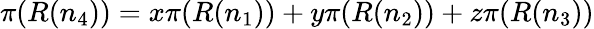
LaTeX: \pi(R(n_{4}))=x\pi(R(n_{1}))+y\pi(R(n_{2}))+z\pi(R(n_{3}))